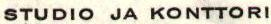
STUDIO JA KONTTORI